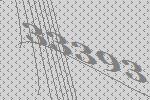
33393